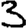
Digit: 3